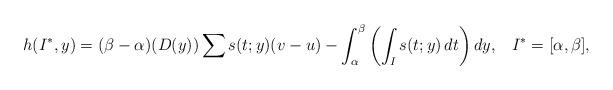
LaTeX: \begin{align*}h(I^*,y) = (\beta-\alpha) (D(y))\sum s(t;y)(v-u) - \int_\alpha^\beta \left(\int_I s(t;y)\,dt\right)dy,\;\;\;I^*=[\alpha,\beta],\end{align*}